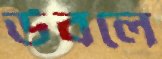
উবলে